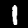
Digit: 1